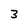
Character: 3